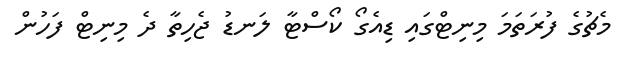
މެޗުގެ ފުރަތަމަ މިނިޓްގައި ޑިއެގޯ ކޯސްޓާ ލަނޑު ޖެެހިތާ ދެ މިނިޓް ފަހުން